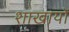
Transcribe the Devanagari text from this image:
शाखायों